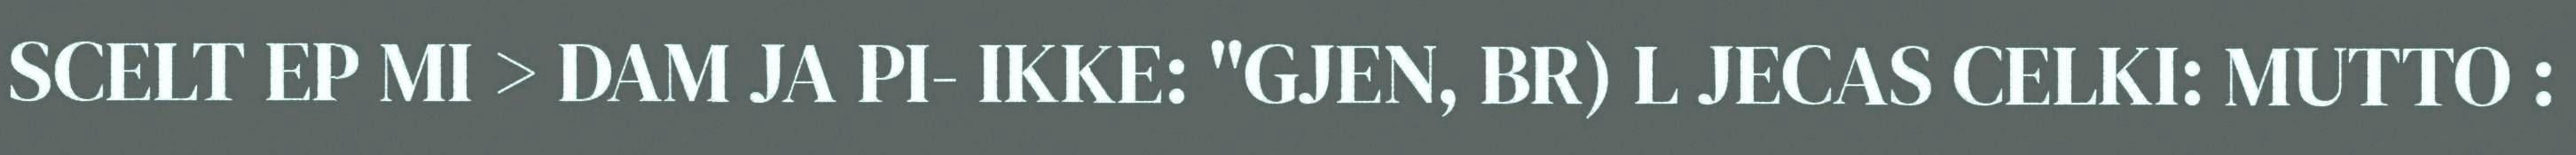
SCELT EP MI > DAM JA PI- IKKE: "GJEN, BR) L JECAS CELKI: MUTTO :